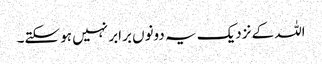
اللہ کے نزدیک یہ دونوں برابر نہیں ہو سکتے۔